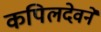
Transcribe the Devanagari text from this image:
कपिलदेवने